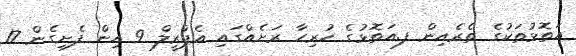
އަތޮޅުތަކުގެ ތެރެއިން ފ.އަތޮޅުގެ ހުރިހާ ރަށެއްގައި އެޕްރީލް 9 އިން ފެށިގެން 17